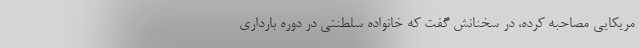
مریکایی مصاحبه کرده، در سخنانش گفت که خانواده سلطنتی در دوره بارداری